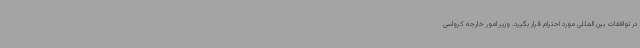
در توافقات بین المللی مورد احترام قرار بگیرد. وزیر امور خارجه کرواسی